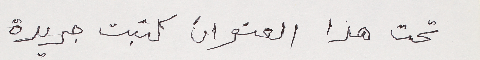
تحت هذا العنوان كتبت جريدة